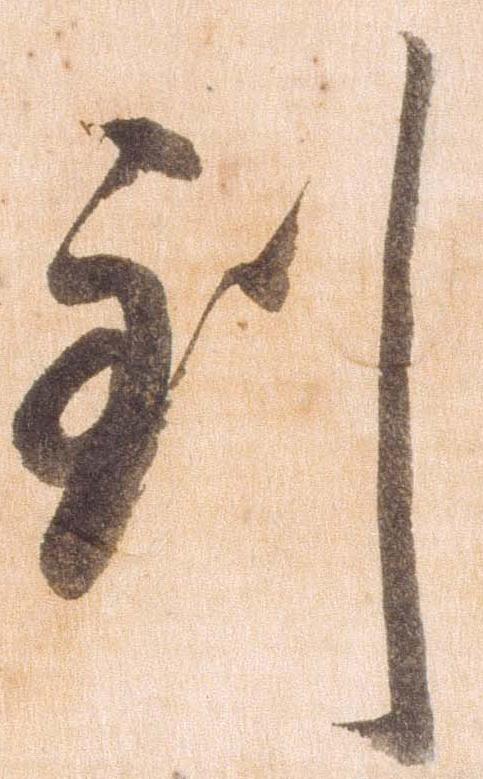
到